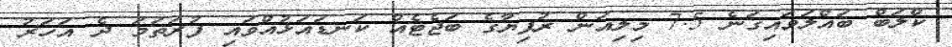
ކްލަބް ބައްލަވައިގަނެ 7.5 މިލިއަން ރުފިޔާގެ ބަޖެޓެއް ކަނޑައަޅުއްވައި ފުރަތަމަ ދެ އަހަރު